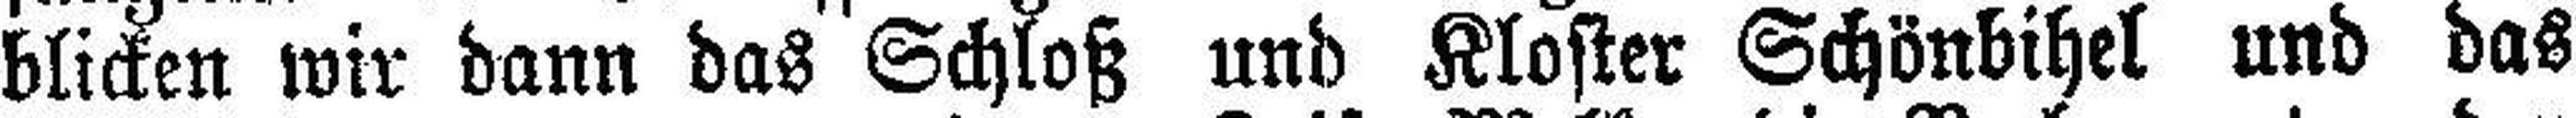
blicken wir dann das Schloß und Kloster Schönbihel und das